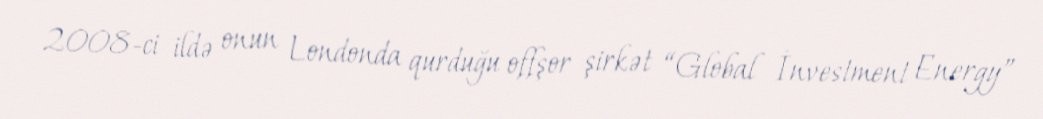
2008-ci ildə onun Londonda qurduğu offşor şirkət “Global İnvestment Energy”